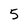
Character: 5